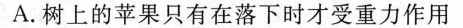
A.树上的苹果只有在落下时才受重力作用